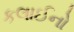
કલાઈનો